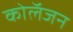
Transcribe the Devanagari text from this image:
कोलॅजन